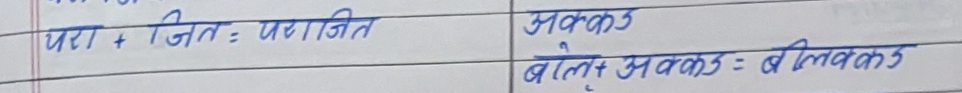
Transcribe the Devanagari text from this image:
परा + जित = पराजित
ब ले + अकड = बलि अकड